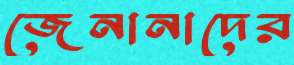
জেনানাদের